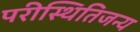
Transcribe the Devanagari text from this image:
परीस्थितिजन्य